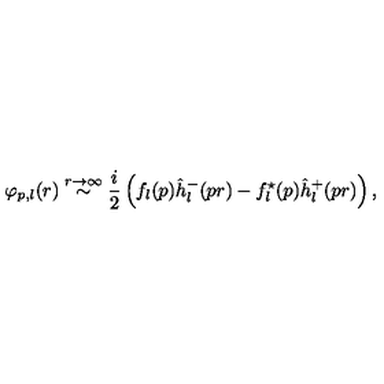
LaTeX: \varphi _ { p , l } ( r ) \stackrel { r \rightarrow \infty } { \sim } \frac i 2 \left( f _ { l } ( p ) \hat { h } _ { l } ^ { - } ( p r ) - f _ { l } ^ { \star } ( p ) \hat { h } _ { l } ^ { + } ( p r ) \right) ,